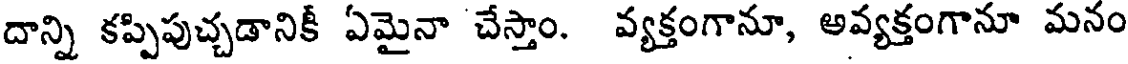
దాన్ని కప్పిపుచ్చడానికీ ఏమైనా చేస్తాం. వ్యక్తంగానూ, అవ్యక్తంగానూ మనం